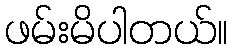
ဖမ်းမိပါတယ်။